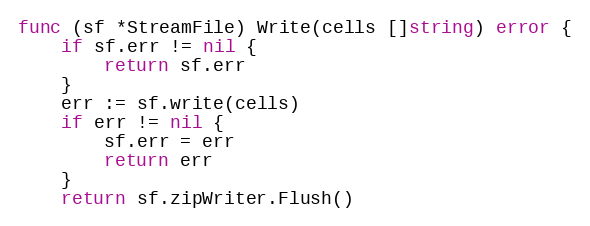
Language: Go
func (sf *StreamFile) Write(cells []string) error {
	if sf.err != nil {
		return sf.err
	}
	err := sf.write(cells)
	if err != nil {
		sf.err = err
		return err
	}
	return sf.zipWriter.Flush()